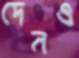
দেনও